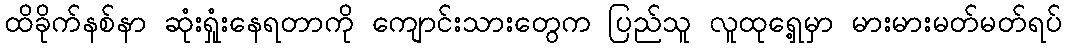
ထိခိုက်နစ်နာ ဆုံးရှုံးနေရတာကို ကျောင်းသားတွေက ပြည်သူ လူထုရှေ့မှာ မားမားမတ်မတ်ရပ်